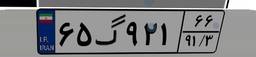
۴۶گ۷۴۱۳۱